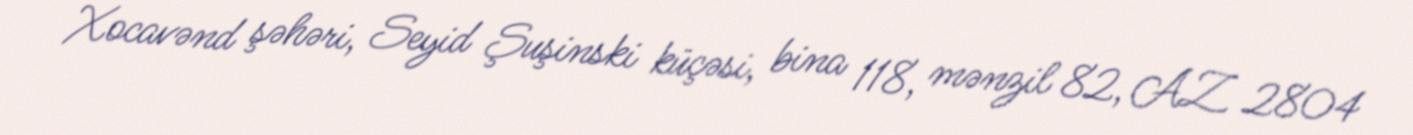
Xocavənd şəhəri, Seyid Şuşinski küçəsi, bina 118, mənzil 82, AZ 2804